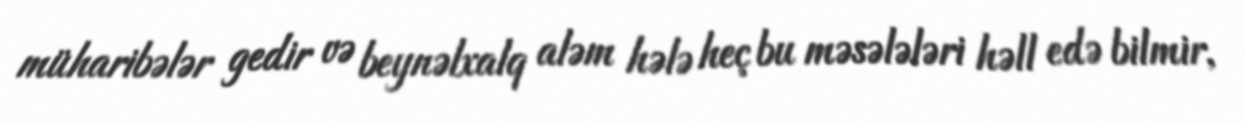
müharibələr gedir və beynəlxalq aləm hələ heç bu məsələləri həll edə bilmir,